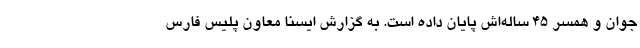
جوان و همسر ۴۵ ساله‌اش پایان داده است. به گزارش ایسنا معاون پلیس فارس